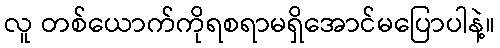
လူ တစ်ယောက်ကိုရစရာမရှိအောင်မပြောပါနဲ့။